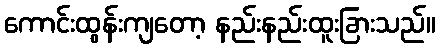
ကောင်းထွန်းကျတော့ နည်းနည်းထူးခြားသည်။